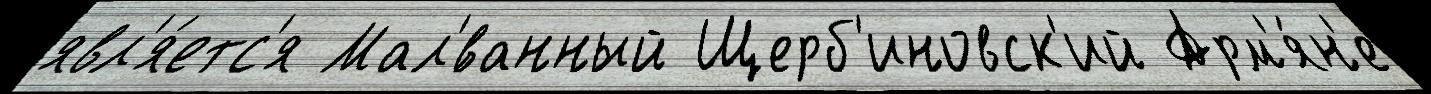
явл'я́етс'я Мал'́ванный Щерб'иновск'ий Арм'я́н'е